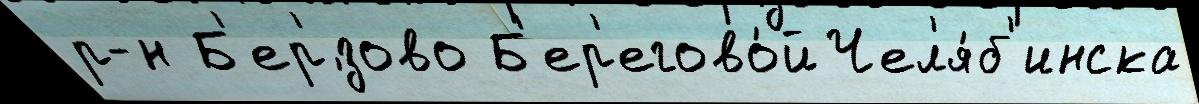
р-н Б'ер'́зово Б'ер'егово́й Чел'я́б'инска